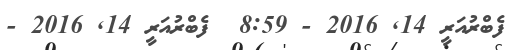
ފެބްރުއަރީ 14